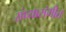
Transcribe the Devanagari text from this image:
संध्यासंगीत